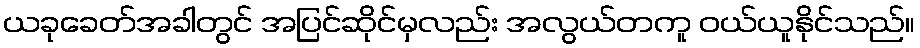
ယခုခေတ်အခါတွင် အပြင်ဆိုင်မှလည်း အလွယ်တကူ ဝယ်ယူနိုင်သည်။